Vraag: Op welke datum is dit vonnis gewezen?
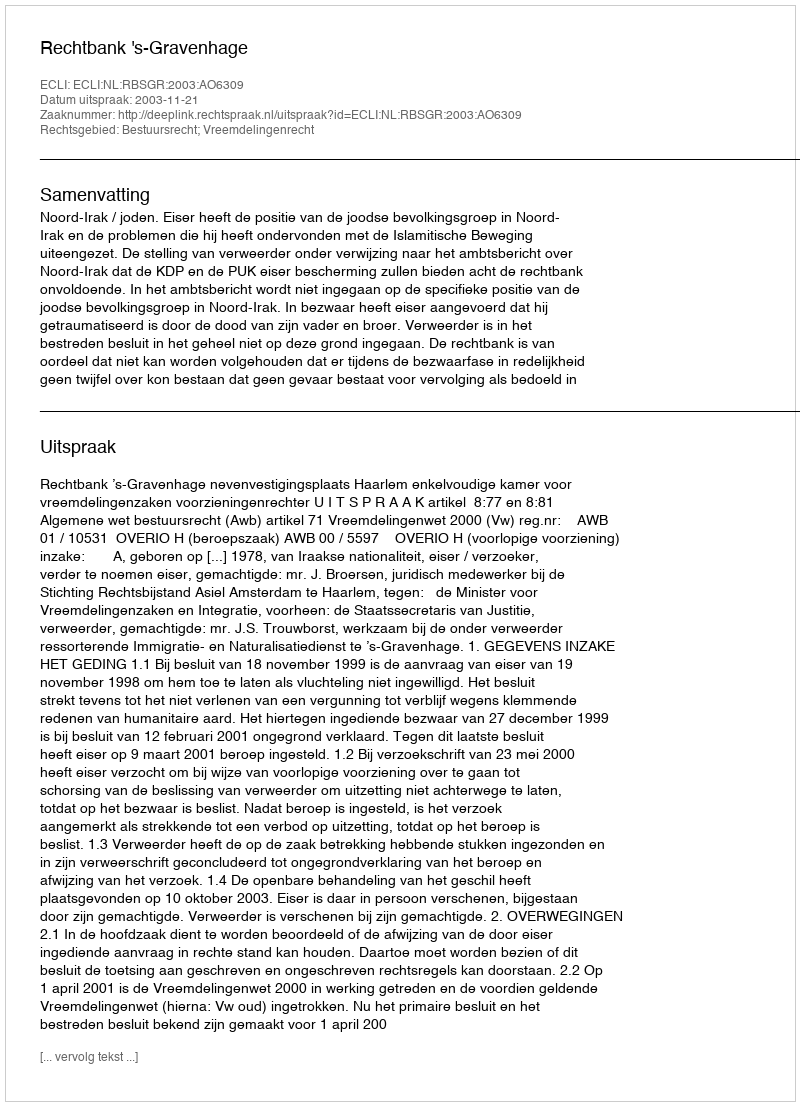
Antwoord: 2003-11-21